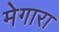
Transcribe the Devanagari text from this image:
मेगारा